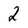
Character: 2